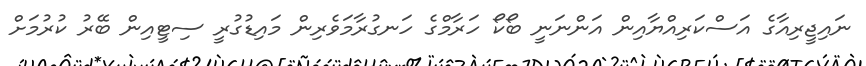
ނައިޖީރިއާގެ އަސްކަރިއްޔާއިން އަންނަނީ ބޯކޯ ހަރާމްގެ ހަނގުރާމަވެރިން މައިޑުގުރީ ސިޓީއިން ބޭރު ކުރުމަށް